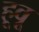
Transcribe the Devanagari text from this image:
हूवू